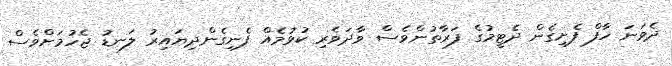
ދެވަނަ ހާފް ފެށިގެން ދެޓީމުގެ ފަރާތުންވެސް ވާދަވެރި ކުޅުމެއް ފެނިގެންދިޔައިރު ލަނޑު ޖެހުމަށްވެސް